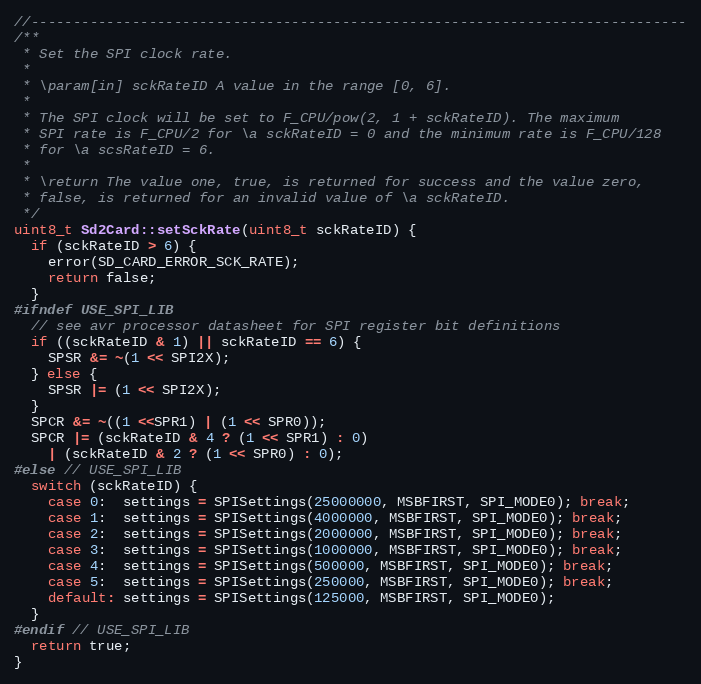
Language: C++
//------------------------------------------------------------------------------
/**
 * Set the SPI clock rate.
 *
 * \param[in] sckRateID A value in the range [0, 6].
 *
 * The SPI clock will be set to F_CPU/pow(2, 1 + sckRateID). The maximum
 * SPI rate is F_CPU/2 for \a sckRateID = 0 and the minimum rate is F_CPU/128
 * for \a scsRateID = 6.
 *
 * \return The value one, true, is returned for success and the value zero,
 * false, is returned for an invalid value of \a sckRateID.
 */
uint8_t Sd2Card::setSckRate(uint8_t sckRateID) {
  if (sckRateID > 6) {
    error(SD_CARD_ERROR_SCK_RATE);
    return false;
  }
#ifndef USE_SPI_LIB
  // see avr processor datasheet for SPI register bit definitions
  if ((sckRateID & 1) || sckRateID == 6) {
    SPSR &= ~(1 << SPI2X);
  } else {
    SPSR |= (1 << SPI2X);
  }
  SPCR &= ~((1 <<SPR1) | (1 << SPR0));
  SPCR |= (sckRateID & 4 ? (1 << SPR1) : 0)
    | (sckRateID & 2 ? (1 << SPR0) : 0);
#else // USE_SPI_LIB
  switch (sckRateID) {
    case 0:  settings = SPISettings(25000000, MSBFIRST, SPI_MODE0); break;
    case 1:  settings = SPISettings(4000000, MSBFIRST, SPI_MODE0); break;
    case 2:  settings = SPISettings(2000000, MSBFIRST, SPI_MODE0); break;
    case 3:  settings = SPISettings(1000000, MSBFIRST, SPI_MODE0); break;
    case 4:  settings = SPISettings(500000, MSBFIRST, SPI_MODE0); break;
    case 5:  settings = SPISettings(250000, MSBFIRST, SPI_MODE0); break;
    default: settings = SPISettings(125000, MSBFIRST, SPI_MODE0);
  }
#endif // USE_SPI_LIB
  return true;
}